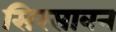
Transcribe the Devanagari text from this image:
सिरसावन